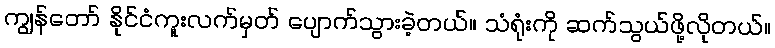
ကျွန်တော် နိုင်ငံကူးလက်မှတ် ပျောက်သွားခဲ့တယ်။ သံရုံးကို ဆက်သွယ်ဖို့လိုတယ်။